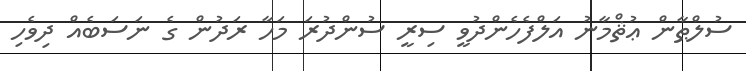
ސުލްޠާން ޢުޘްމާނު އަލްފެހެންދުވީ ސިރީ ސުންދުރަ މަހާ ރަދުން ގެ ނަސަބެއް ދިވެހި